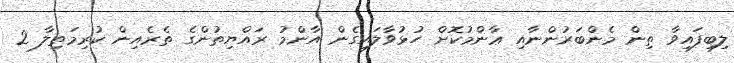
ލިބިފައިވާ ތިން މެންބަރުންނާއި ޢާންމުކޮށް ހުޅުވާލައިގެން އާންމު ރައްޔިތުންގެ ތެރެއިން ކުރިމަތިލާ 2